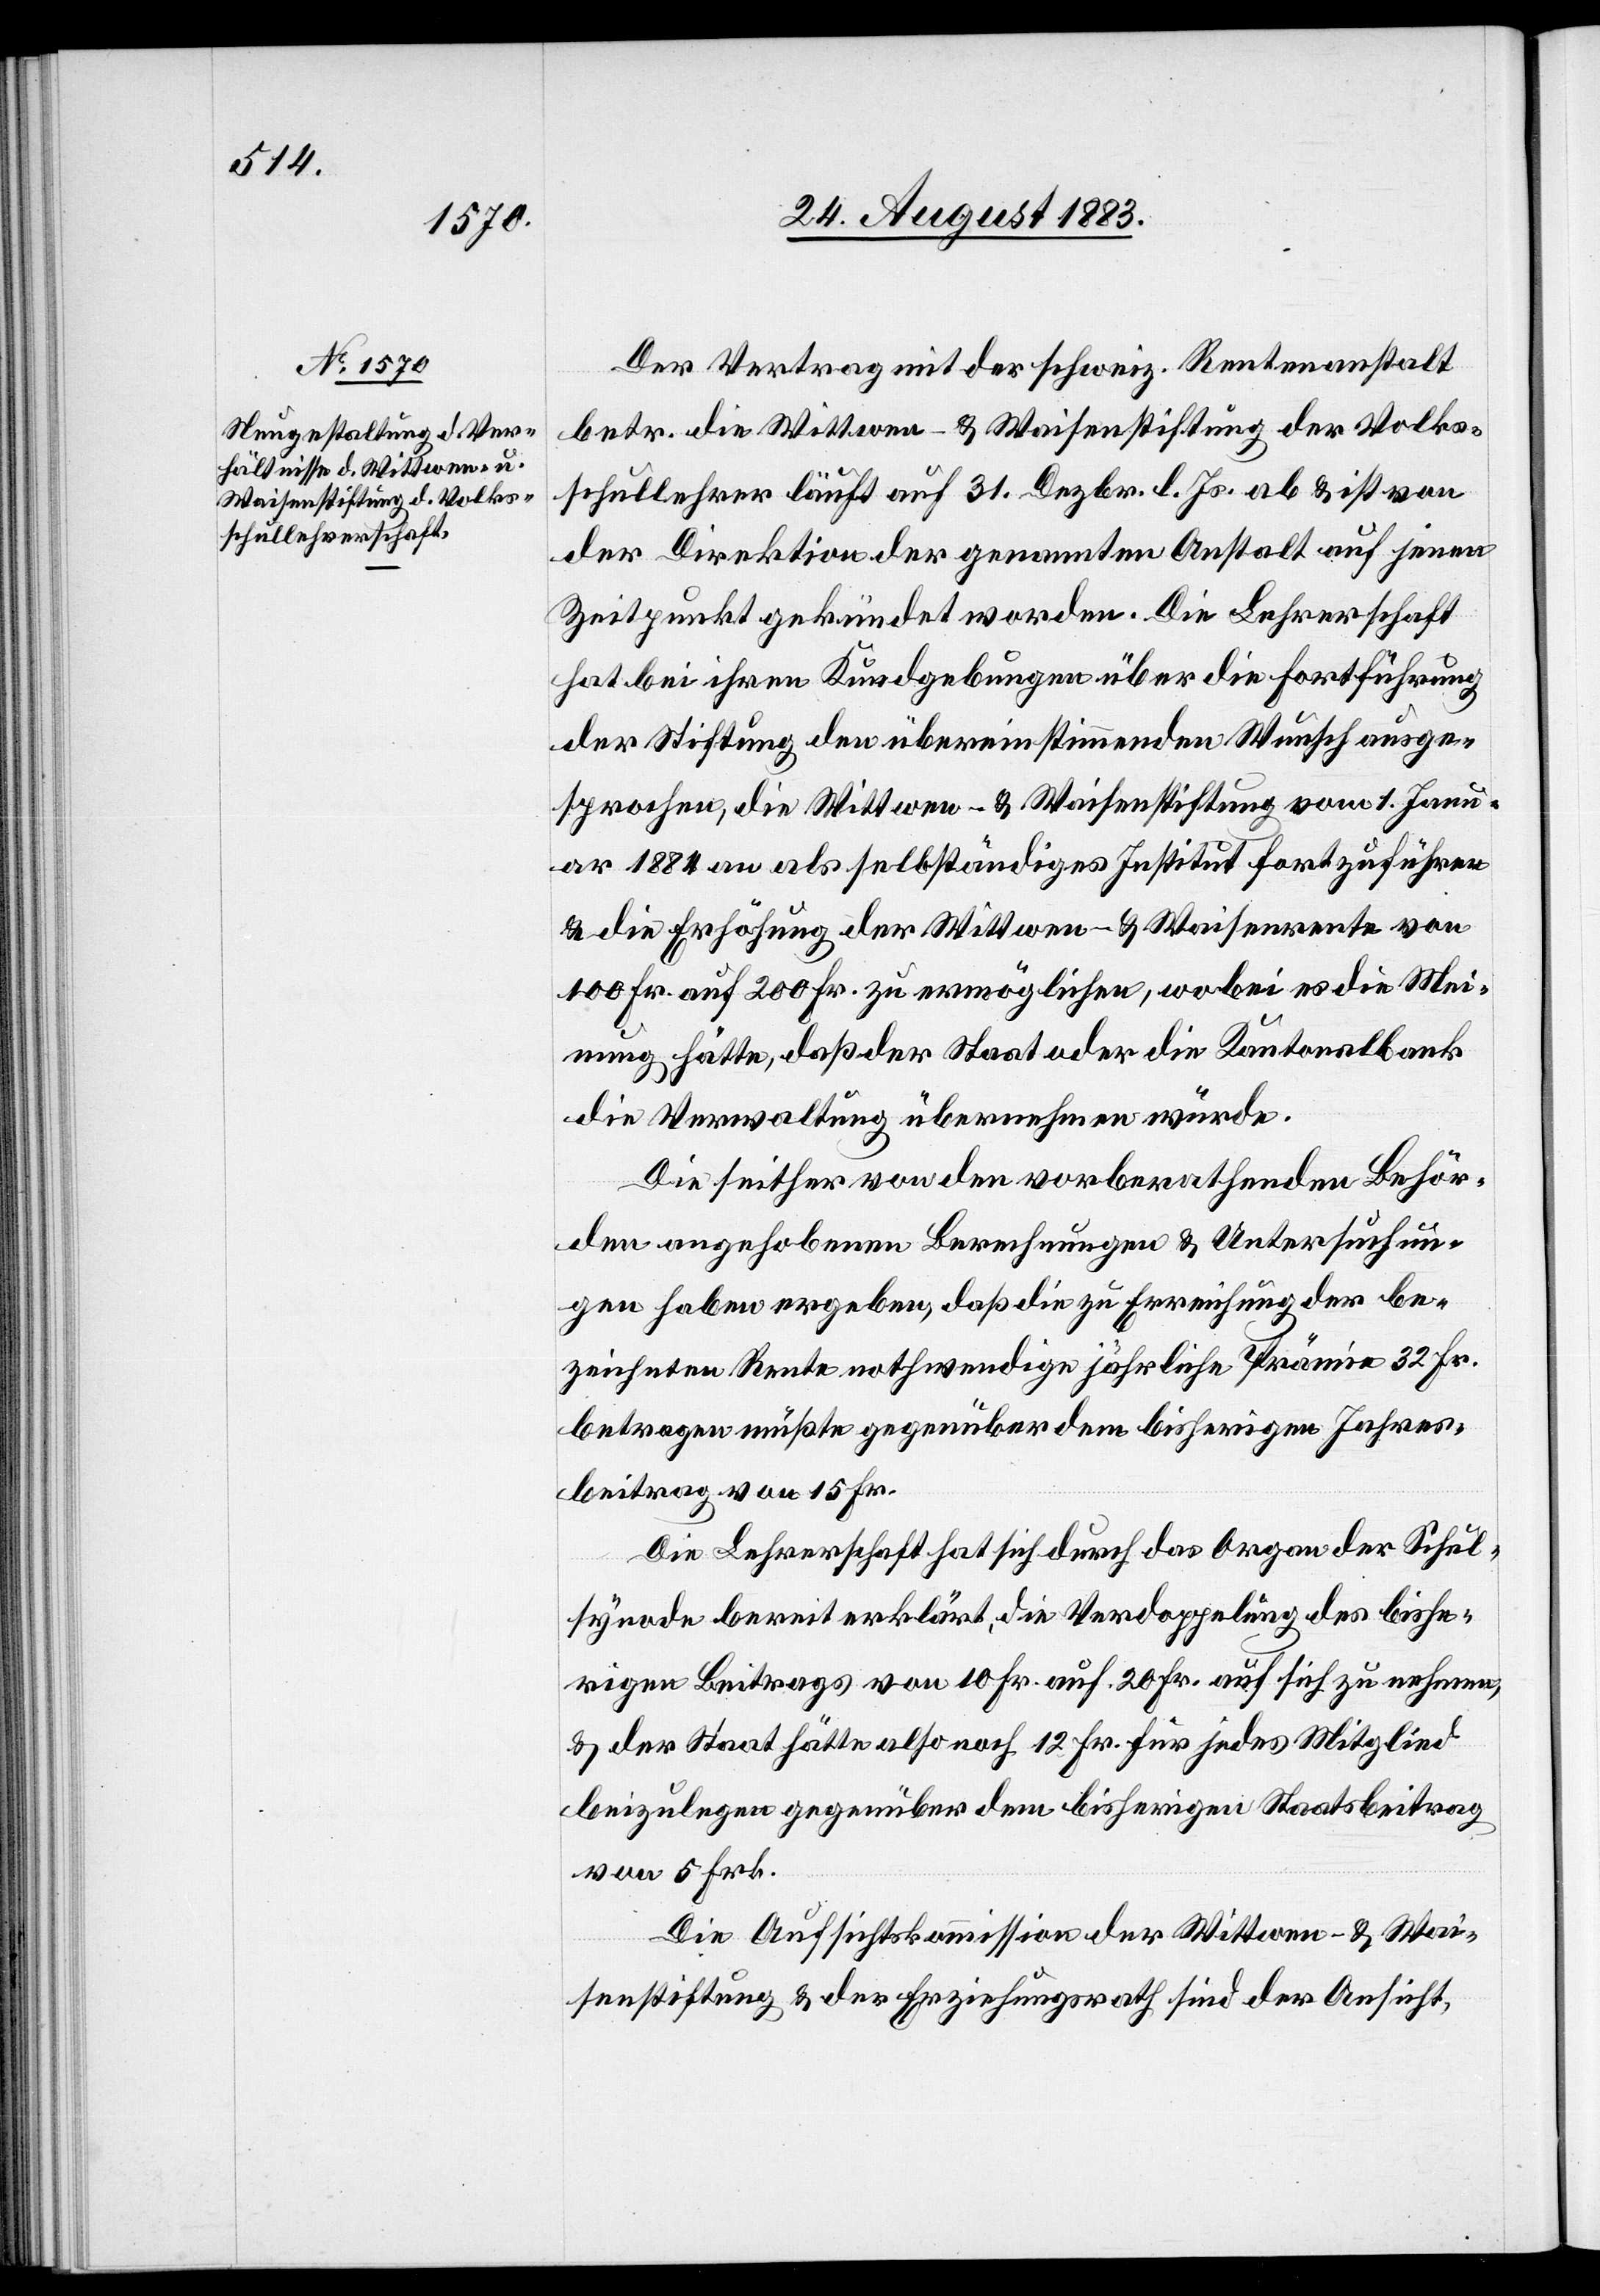
Der Vertrag mit der schweiz. Rentenanstalt
betr. die Wittwen- & Waisenstiftung der Volks¬
schullehrer läuft auf 31. Dezbr. l. Js. ab & ist von
der Direktion der genannten Anstalt auf jenen
Zeitpunkt gekündet worden. Die Lehrerschaft
hat bei ihren Kundgebungen über die Fortführung
der Stiftung den übereinstimmenden Wunsch ausge¬
sprochen, die Wittwen- & Waisenstiftung vom 1. Janu¬
ar 1884 an als selbstständiges Institut fortzuführen
& die Erhöhung der Wittwen- & Waisenrente von
100 Fr. auf 200 Fr. zu ermöglichen, wobei es die Mei¬
nung hätte, daß der Staat oder die Kantonalbank
die Verwaltung übernehmen würde.
Die seither von den vorberathenden Behör¬
den angehobenen Berechnungen & Untersuchun¬
gen haben ergeben, daß die zu Erreichung der be¬
zeichneten Rente nothwendige jährliche Prämie 32 Fr.
betragen müßte gegenüber dem bisherigen Jahres¬
beitrag von 15 Fr.
Die Lehrerschaft hat sich durch das Organ der Schul¬
synode bereit erklärt, die Verdoppelung des bishe¬
rigen Beitrages von 10 Fr. auf 20 Fr. auf sich zu nehmen,
& der Staat hätte also noch 12 Fr. für jedes Mitglied
beizulegen gegenüber dem bisherigen Staatsbeitrag
von 5 Frk.
Die Aufsichtskommission der Wittwen- & Wai¬
senstiftung & der Erziehungsrath sind der Ansicht,